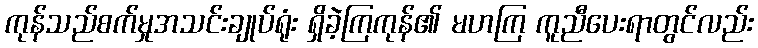
ကုန်သည်စက်မှုအသင်းချုပ်ရုံး ရှိခဲ့ကြကုန်၏ မဟကြ ကူညီပေးရာတွင်လည်း